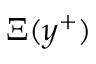
\Xi ( y ^ { + } )